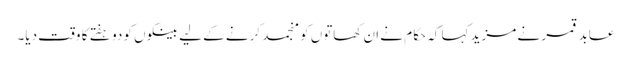
عابد قمر نے مزید کہا کہ حکام نے ان کھاتوں کو منجمد کرنے کے لیے بینکوں کو دو ہفتے کا وقت دیا۔